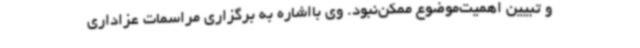
و تبیین اهمیت‌موضوع ممکن‌نبود. وی بااشاره به برگزاری مراسمات عزاداری